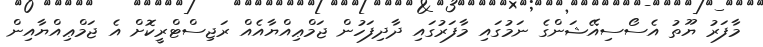
މާފަރު ޔޫތު އެސޯސިއޭޝަންގެ ނަމުގައި މާފަރުގައި ދާދިފަހުން ޖަމްޢިއްޔާއެއް ރަޖިސްޓްރީކޮށް އެ ޖަމްޢިއްޔާއިން